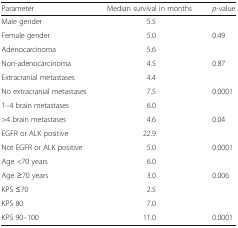
<table><thead><tr><td><b>Parameter</b></td><td><b>Median survival in months</b></td><td><b><i>p</i>-value</b></td></tr></thead><tbody><tr><td>Male gender</td><td>5.5</td><td></td></tr><tr><td>Female gender</td><td>5.0</td><td>0.49</td></tr><tr><td>Adenocarcinoma</td><td>5.6</td><td></td></tr><tr><td>Non-adenocarcinoma</td><td>4.5</td><td>0.87</td></tr><tr><td>Extracranial metastases</td><td>4.4</td><td></td></tr><tr><td>No extracranial metastases</td><td>7.5</td><td>0.0001</td></tr><tr><td>1–4 brain metastases</td><td>6.0</td><td></td></tr><tr><td>&gt;4 brain metastases</td><td>4.6</td><td>0.04</td></tr><tr><td>EGFR or ALK positive</td><td>22.9</td><td></td></tr><tr><td>Not EGFR or ALK positive</td><td>5.0</td><td>0.0001</td></tr><tr><td>Age &lt;70 years</td><td>6.0</td><td></td></tr><tr><td>Age ≥70 years</td><td>3.0</td><td>0.006</td></tr><tr><td>KPS ≤70</td><td>2.5</td><td></td></tr><tr><td>KPS 80</td><td>7.0</td><td></td></tr><tr><td>KPS 90–100</td><td>11.0</td><td>0.0001</td></tr></tbody></table>